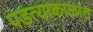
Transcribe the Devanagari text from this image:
पडत्याकाळात